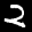
Label: 2